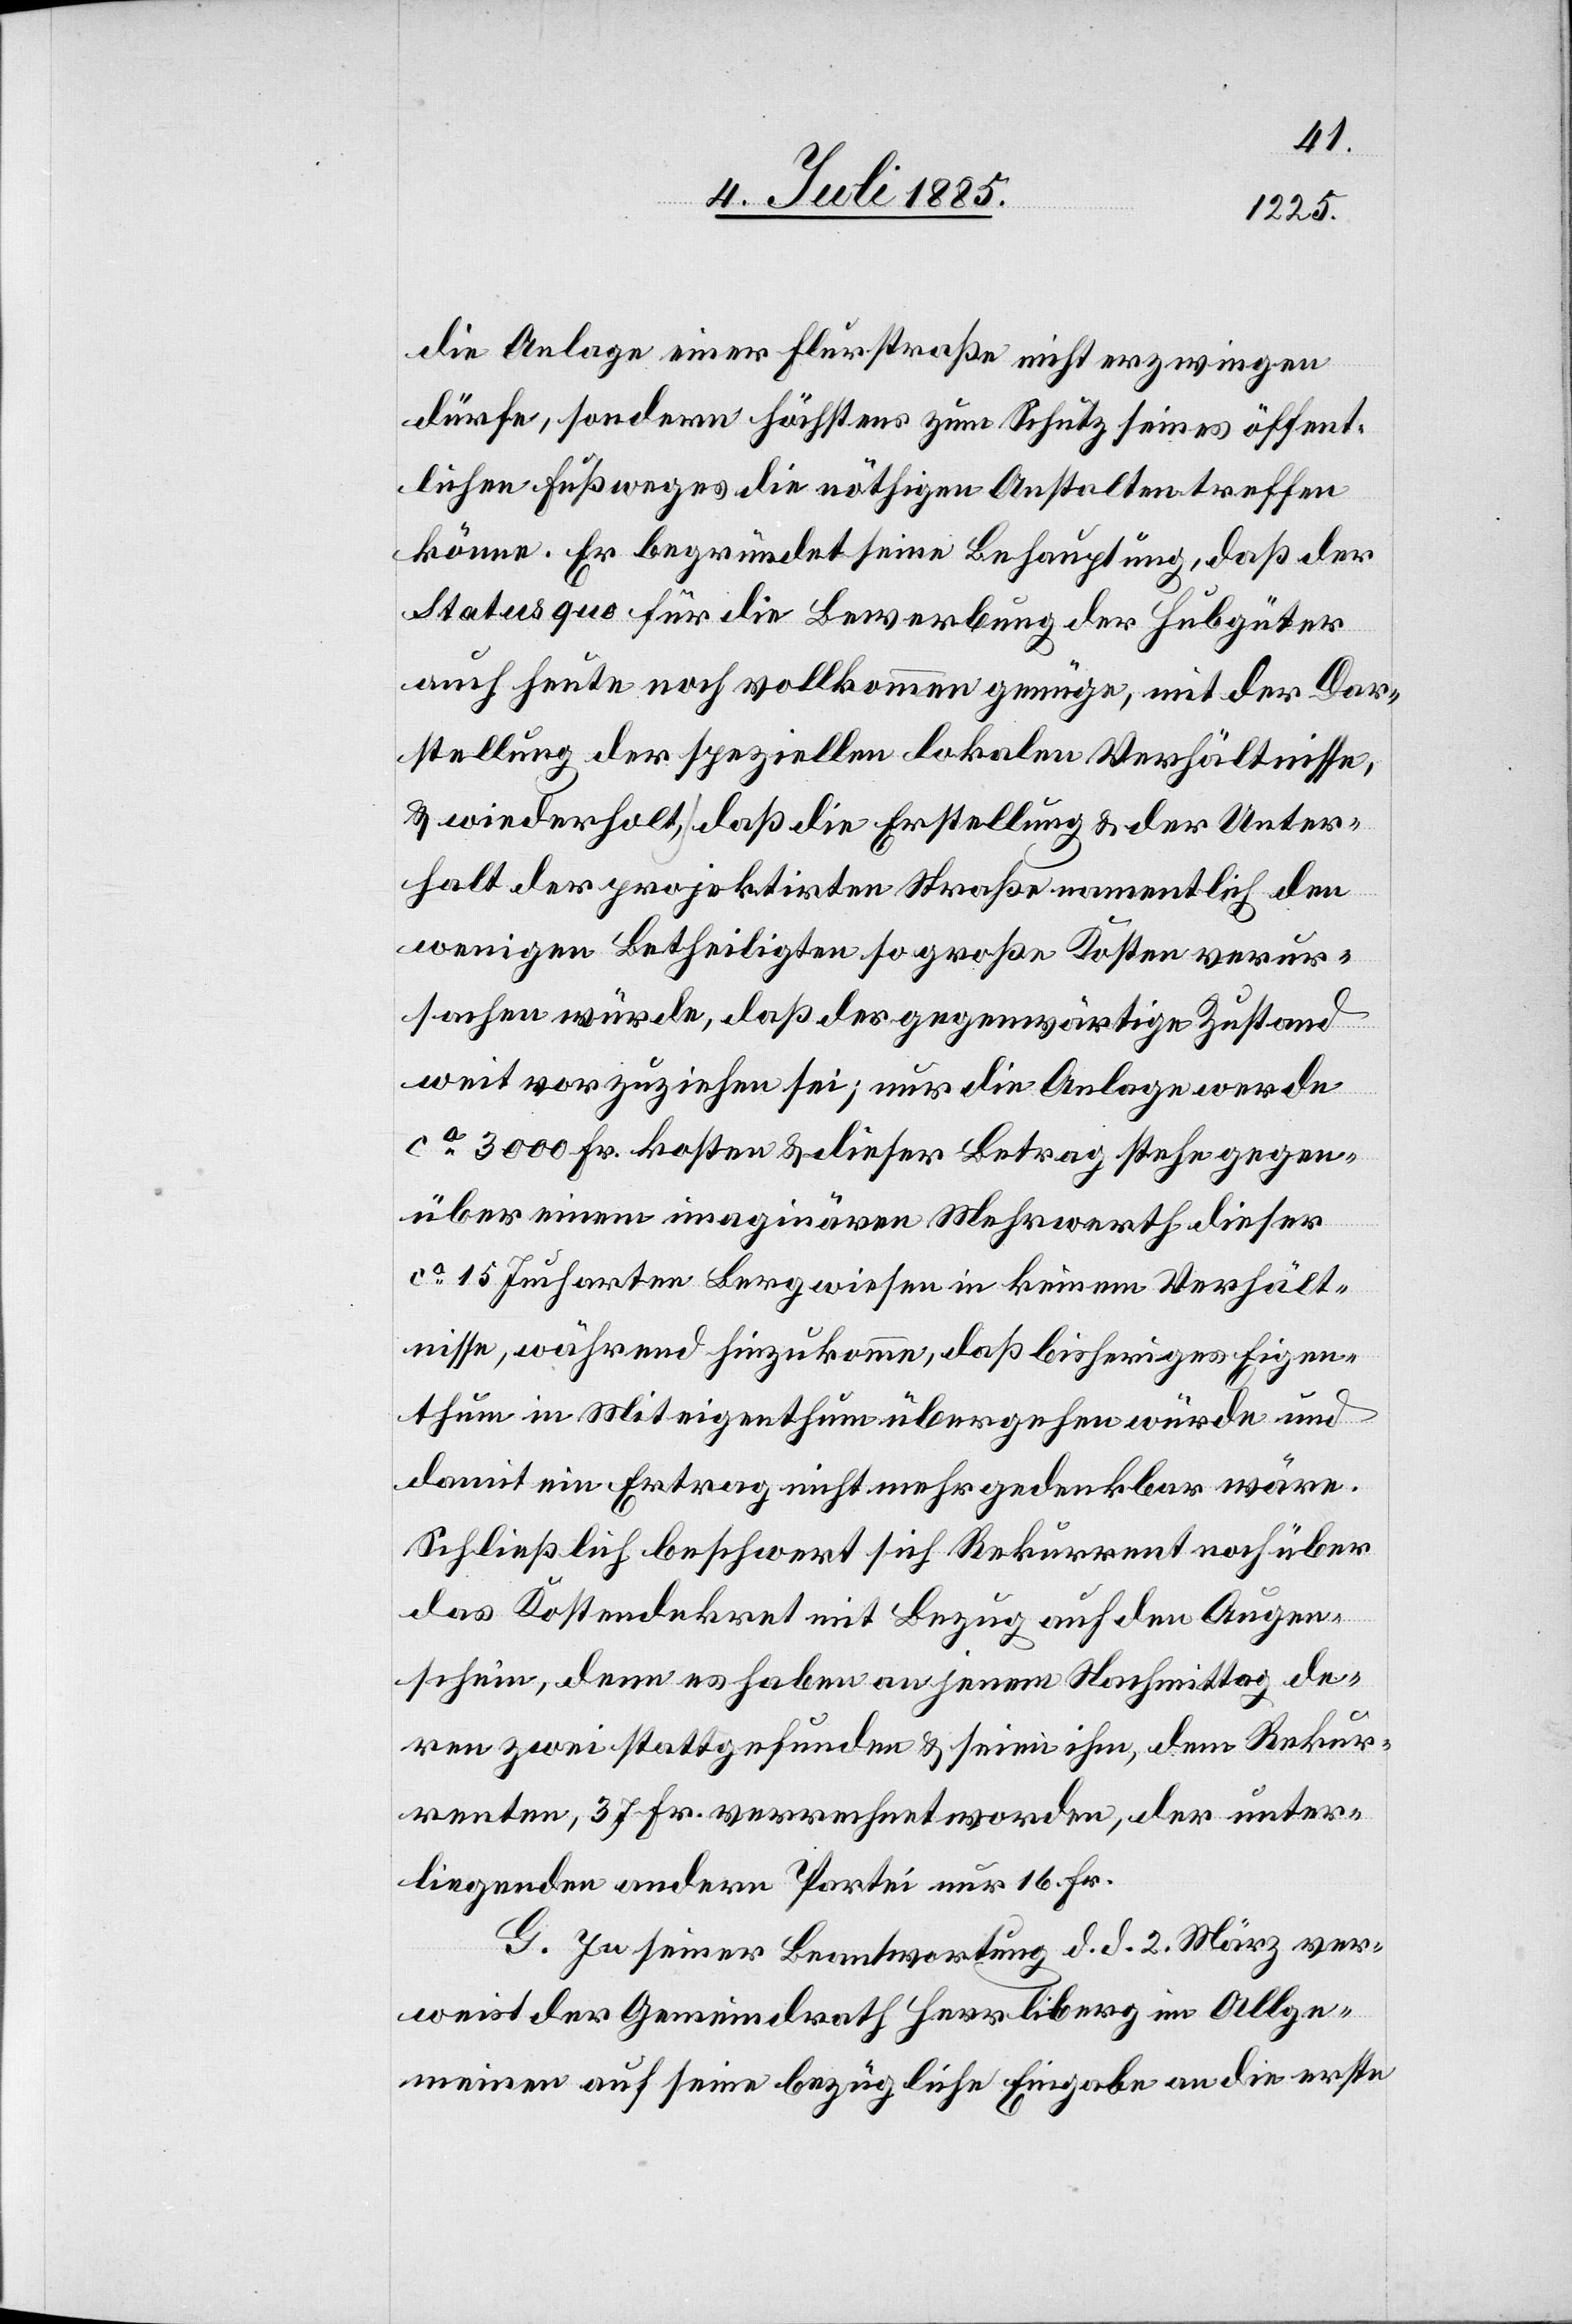
die Anlage einer Flurstraße nicht erzwingen
dürfe, sondern höchstens zum Schutz seines öffent¬
lichen Fußweges die nöthigen Anstalten treffen
könne. Er begründet seine Behauptung, daß der
Status quo für die Bewerbung der Hubgüter
auch heute noch vollkommen genüge, mit der Dar¬
stellung der speziellen lokalen Verhältnisse,
& wiederholt, daß die Erstellung & der Unter¬
halt der projektirten Straße namentlich den
wenigen Betheiligten so große Kosten verur¬
sachen würde, daß der gegenwärtige Zustand
weit vorzuziehen sei; nur die Anlage werde
ca 3000 Fr. kosten & dieser Betrag stehe gegen¬
über einem imaginären Mehrwerth dieser
ca 15 Jucharten Bergwiesen in keinem Verhält¬
nisse, während hinzukomme, daß bisheriges Eigen¬
thum in Miteigenthum übergehen würde und
damit ein Ertrag nicht mehr gedenkbar wäre.
Schließlich beschwert sich Rekurrent noch über
das Kostendekret mit Bezug auf den Augen¬
schein, denn es haben an jenem Nachmittag de¬
ren zwei stattgefunden & seien ihm, dem Rekur¬
renten, 37 Fr. verrechnet worden, der unter¬
liegenden andern Partei nur 16 Fr.
G. In seiner Beantwortung d. d. März ver¬
weist der Gemeindrath Herrliberg im Allge¬
meinen auf seine bezügliche Eingabe an die erste